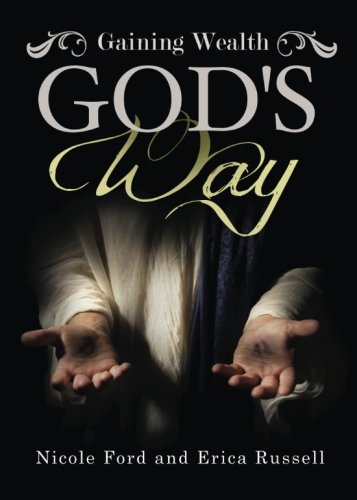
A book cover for Gaining Wealth God's Way; Nicole Ford And Erica Russell; Christian Books & Bibles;